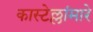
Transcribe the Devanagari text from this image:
कास्टेल्लांमारे